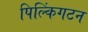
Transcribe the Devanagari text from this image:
पिल्किंगटन